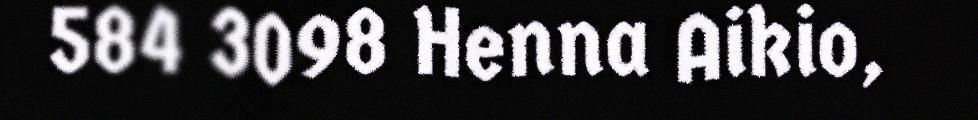
584 3098 Henna Aikio,